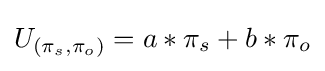
U_{(\pi _{s},\pi _{o})}=a*\pi _{s}+b*\pi _{o}